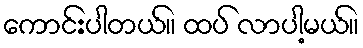
ကောင်းပါတယ်။ ထပ် လာပါ့မယ်။